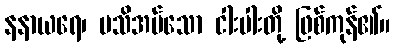
နနာယရေ၊ မသိအပ်သော ငါးပါးတို့ ဖြစ်ကုန်၏။